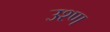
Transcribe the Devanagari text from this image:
उश्ण